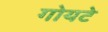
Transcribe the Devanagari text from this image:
गोयटे